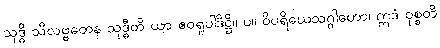
သုဒ္ဓိ သီလဗ္ဗတေန သုဒ္ဓီတိ ယာ ဧဝရူပါဒိဋ္ဌိ။ ပ။ ဝိပရိယေသဂ္ဂါဟော၊ ဣဒံ ဝုစ္စတိ